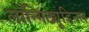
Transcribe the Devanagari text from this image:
लॉन्गिट्यूडिनल